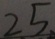
2 5